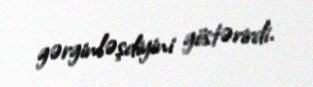
gərginləşdiyini göstərirdi.